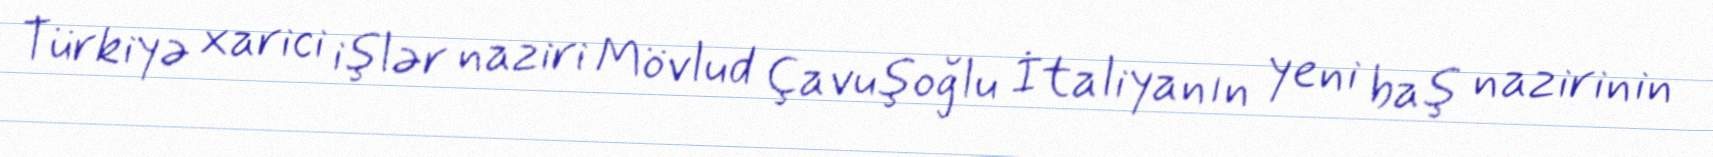
Türkiyə xarici işlər naziri Mövlud Çavuşoğlu İtaliyanın yeni baş nazirinin